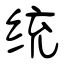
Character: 统